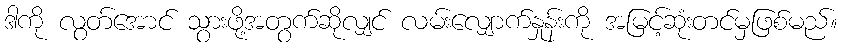
ဒါကို လွတ်အောင် သွားဖို့အတွက်ဆိုလျှင် လမ်းလျှောက်နှုန်းကို အမြင့်ဆုံးတင်မှဖြစ်မည်။